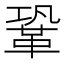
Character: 鞏